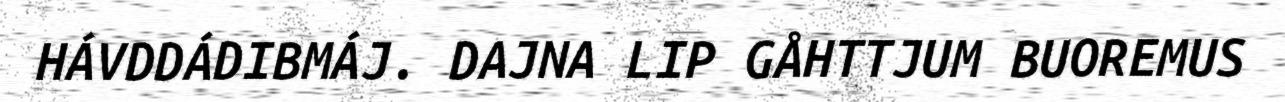
HÁVDDÁDIBMÁJ. DAJNA LIP GÅHTTJUM BUOREMUS